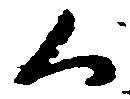
く